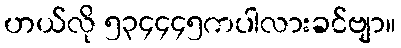
ဟယ်လို ၅၃၄၄၄၅ကပါလားခင်ဗျာ။